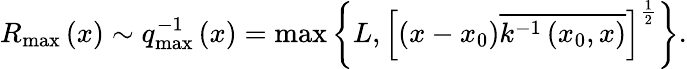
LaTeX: R_{\operatorname*{max}}\left(x\right)\sim q_{\operatorname*{max}}^{-1}\left(x\right)=\operatorname*{max}\left\{ L,\left[\left(x-x_{0}\right)\overline{{{k^{-1}\left(x_{0},x\right)}}}\right]^{\frac 12}\right\} .